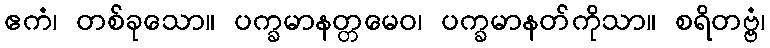
ဧကံ၊ တစ်ခုသော။ ပက္ခမာနတ္တမေဝ၊ ပက္ခမာနတ်ကိုသာ။ စရိတဗ္ဗံ၊